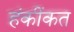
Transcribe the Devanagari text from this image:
हंकींकत